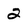
Character: 2